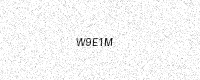
Text: W9E1M